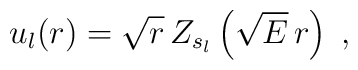
u_{l}(r)=\sqrt{r}\,Z_{s_{l}}\left(\sqrt{E} \, r\right)\; ,